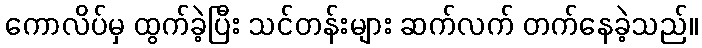
ကောလိပ်မှ ထွက်ခဲ့ပြီး သင်တန်းများ ဆက်လက် တက်နေခဲ့သည်။